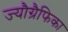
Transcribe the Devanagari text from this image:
ज्यौग्रैफिका